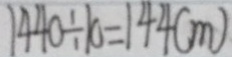
1 4 4 0 \div 1 0 = 1 4 4 ( m )